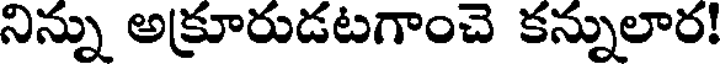
నిన్ను అక్రూరుడటగాంచె కన్నులార!